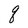
Character: q